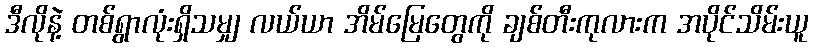
ဒီလိုနဲ့ တစ်ရွာလုံးရှိသမျှ လယ်ယာ အိမ်မြေတွေကို ချစ်တီးကုလားက အပိုင်သိမ်းယူ